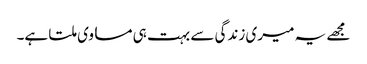
مجھے یہ میری زندگی سے بہت ہی مساوی ملتا ہے۔